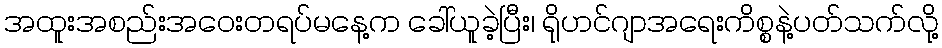
အထူးအစည်းအဝေးတရပ်မနေ့က ခေါ်ယူခဲ့ပြီး၊ ရိုဟင်ဂျာအရေးကိစ္စနဲ့ပတ်သက်လို့